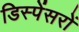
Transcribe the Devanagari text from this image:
डिस्पेंसरों